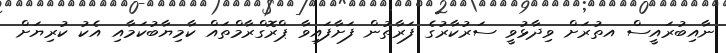
ނާއިބުރައީސް އތުރަށް ވިދާޅުވީ ސަރުކާރުގެ ފަރާތުން ފަށާފައިވާ ޕްރޮގްރާމްތައް ކާމިޔާބުކަމާއި އެކު ކުރިޔަށް